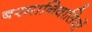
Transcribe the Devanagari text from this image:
बरमानिवासियों